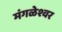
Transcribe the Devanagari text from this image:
मंगळेश्वर